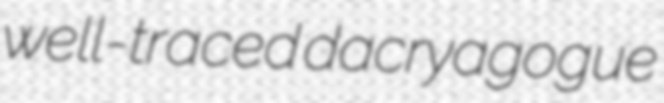
well-traced dacryagogue